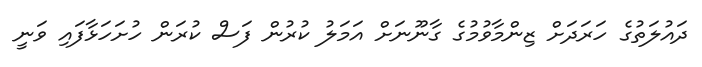
ދައުލަތުގެ ހަރަދަށް ޒިންމާވުމުގެ ގާނޫނަށް އަމަލު ކުރުން ފަސް ކުރަން ހުށަހަޅާފައި ވަނީ